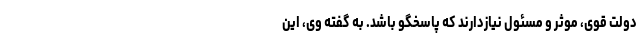
دولت قوی، موثر و مسئول نیازدارند که پاسخگو باشد. به گفته وی، این